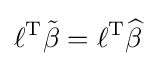
\ell ^{\operatorname {T} }{\tilde {\beta }}=\ell ^{\operatorname {T} }{\widehat {\beta }}